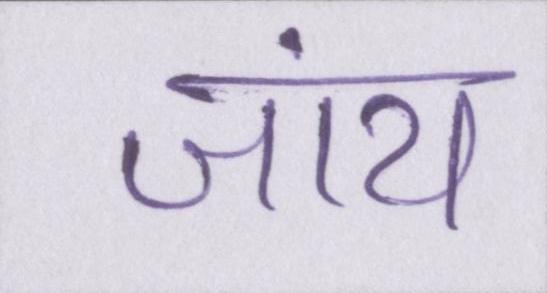
जांय